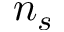
n _ { s }